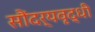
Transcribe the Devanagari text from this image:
सौंदर्यवृद्धी